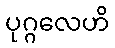
ပုဂ္ဂလေဟိ